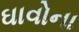
ઘાવોના